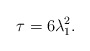
\begin{align*} \tau=6\lambda_{1}^{2}.\end{align*}